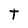
Character: t